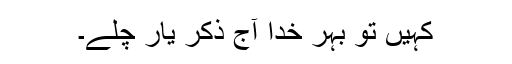
کہیں تو بہر خدا آج ذکر یار چلے۔